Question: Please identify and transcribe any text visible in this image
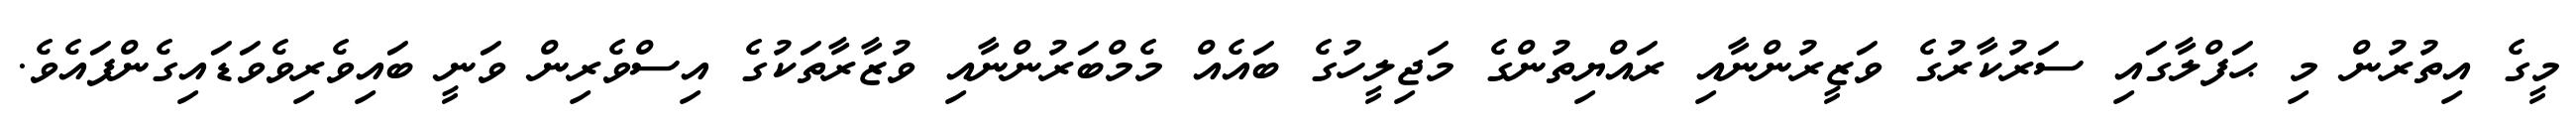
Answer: މީގެ އިތުރުން މި ޙަފްލާގައި ސަރުކާރުގެ ވަޒީރުންނާއި ރައްޔިތުންގެ މަޖިލީހުގެ ބައެއް މެމްބަރުންނާއި ވުޒާރާތަކުގެ އިސްވެރިން ވަނީ ބައިވެރިވެވަޑައިގެންފައެވެ.